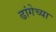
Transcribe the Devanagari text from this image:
ढांगेच्या